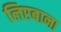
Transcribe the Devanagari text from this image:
लिएबाना